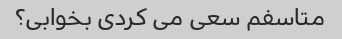
متاسفم سعی می کردی بخوابی؟